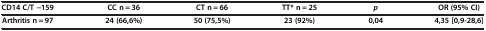
| CD14 C/T -159 | CC n = 36 | CT n = 66 | TT* n = 25 | p | OR (95% CI) |
 | --- | --- | --- | --- | --- | --- |
 | Arthritis n = 97 | 24 (66,6%) | 50 (75,5%) | 23 (92%) | 0,04 | 4,35 [0,9-28,6] |